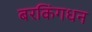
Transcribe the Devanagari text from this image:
बरकिंगधन